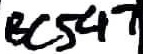
Text: BC547